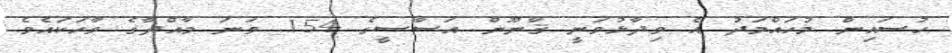
ހުސައިން މުހައްމަދު އެ ވިދާޅުވަނީ ޤާނޫން އަސާސީގެ 154 ވަނަ މާއްދާގެ ވާހަކައެވެ.